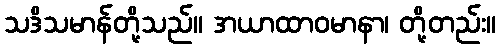
သဒိသမာန်တို့သည်။ အယာထာဝမာနာ၊ တို့တည်း။